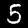
Label: 5